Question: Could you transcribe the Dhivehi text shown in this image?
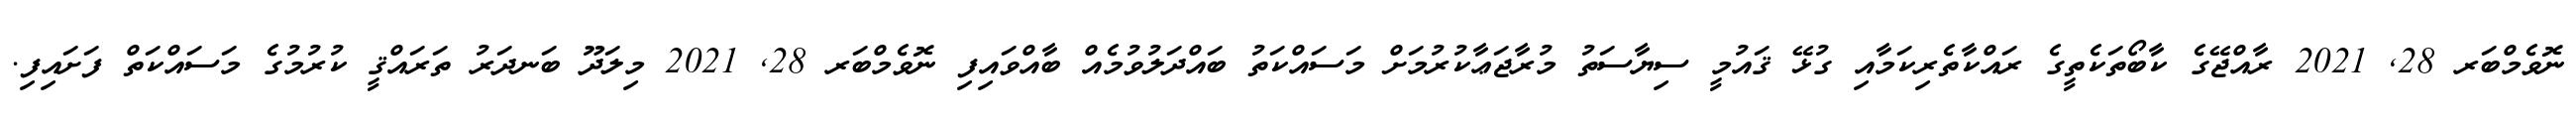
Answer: ނޮވެމްބަރ 28, 2021 ރާއްޖޭގެ ކާބޯތަކެތީގެ ރައްކާތެރިކަމާއި ގުޅޭ ޤައުމީ ސިޔާސަތު މުރާޖަޢާކުރުމަށް މަސައްކަތު ބައްދަލުވުމެއް ބާއްވައިފި ނޮވެމްބަރ 28, 2021 މިލަދޫ ބަނދަރު ތަރައްޤީ ކުރުމުގެ މަސައްކަތް ފަށައިފި.